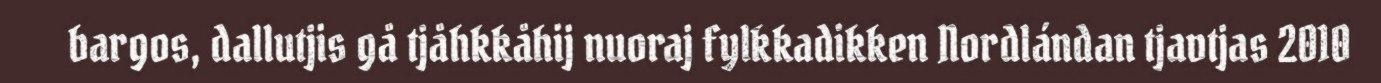
bargos, dallutjis gå tjåhkkåhij nuoraj fylkkadikken Nordlándan tjavtjas 2010